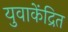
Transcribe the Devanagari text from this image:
युवाकेंद्रित